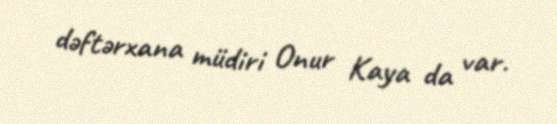
dəftərxana müdiri Onur Kaya da var.